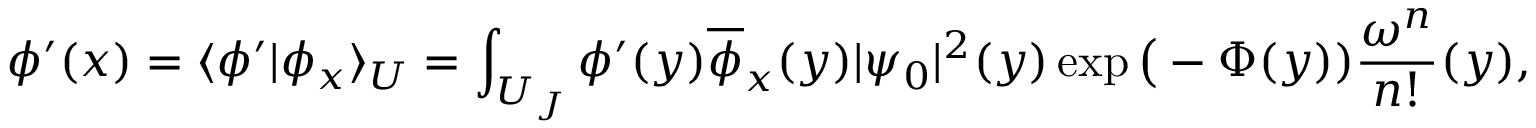
\phi ^ { \prime } ( x ) = \langle \phi ^ { \prime } | \phi _ { x } \rangle _ { \cal U } = \int _ { { \cal U } _ { J } } \phi ^ { \prime } ( y ) \overline { { { \phi } } } _ { x } ( y ) | \psi _ { 0 } | ^ { 2 } ( y ) \exp \big ( - \Phi ( y ) ) { \frac { \omega ^ { n } } { n ! } } ( y ) ,